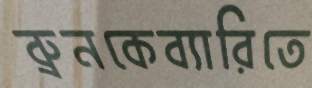
ব্রুনকেব্যারিতে